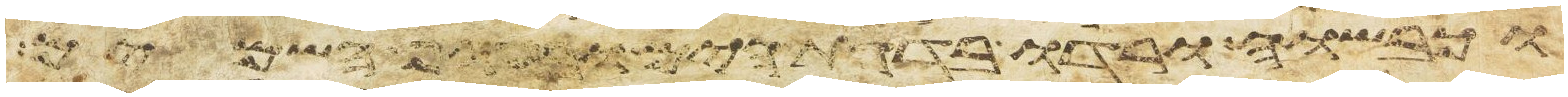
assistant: וכבשוה ורדו בדגת הים ובעוף השמים